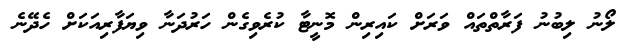
ލޯނު ލިބުނު ފަރާތްތައް ވަރަށް ކައިރިން މޮނީޓާ ކުރެވިގެން ހަރުދަނާ ވިޔަފާރިއަކަށް ހެދޭނެ